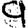
Digit: 9